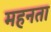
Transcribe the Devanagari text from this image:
महनता